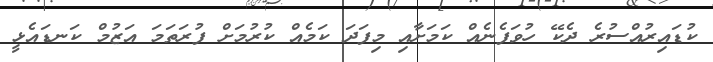
ކުޑައިރުއްސުރެ ދެކޭ ހުވަފެނެއް ކަމަށާއި މިފަދަ ކަމެއް ކުރުމަށް ފުރަތަމަ އަޒުމް ކަނޑައެޅީ